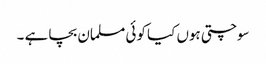
سوچتی ہوں کیا کوئی مسلمان بچا ہے ۔